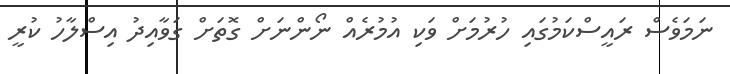
ނަމަވެސް ރައީސްކަމުގައި ހުރުމަށް ވަކި އުމުރެއް ނޯންނަށް ގޮތަށް ގަވާއިދު އިސްލާހު ކުރީ